Civil Veterinary Dept. Bombay admin report 1914-1922 - 1914-1922
Year: 1914
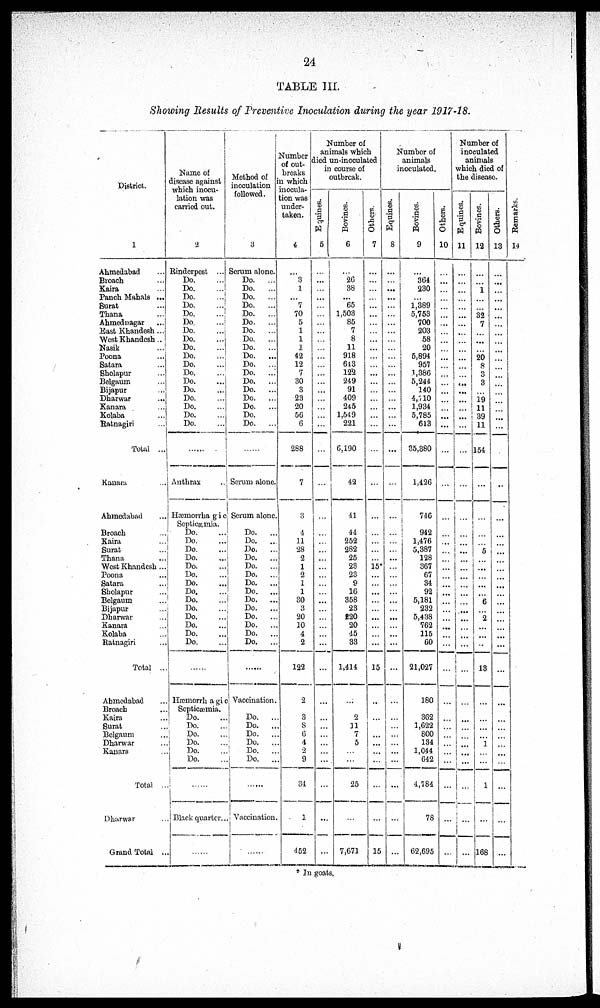
24
TABLE III.
Showing Results of Preventive Inoculation during the year 1917-18.
District.
1
Ahmedabad ...
Broach ...
Kaira ...
Panch Mahals ...
Surat ...
Thana
...
Ahmednagar
...
East Khandesh ...
West Khandesh ...
Nasik
...
Poona
...
Satara
...
Sholapur
...
Belgaum
...
Bijapur ...
Dharwar
...
Kanara
...
Kolaba
...
Ratnagiri
...
Total ...
Kanara
...
Ahmedabad
...
Broach
...
Kaira
...
Sural
...
Thana
...
West Khandesh ...
Poona
...
Satara
...
Sholapur ...
Belgaum
...
Bijapur
...
Dharwar
...
Kanara
...
Kolaba
...
Ratnagiri
...
Total ...
Ahmedabad
...
Broach
...
Kaira
...
Surat ...
Belgaum
...
Dharwar ...
Kanara
...
Total ...
Dharwar
...
Grand Total ...
Name of
disease against
which inocu-
lation was
carried out.
2
Rinderpest ...
Do.
...
Do.
...
Do.
...
Do.
Do.
...
Do
...
Do.
Do
Do.
...
Do.
Do.
Do.
Do.
Do.
Do.
Do.
Do.
Do.
......
Anthrax
Hæmorrhagic
Septicæmia.
Do.
Do.
Do.
Do.
Do.
Do.
Do.
Do.
Do.
Do.
Do.
Do.
Do.
Do.
......
Hæmorrhagic
Septicæmia.
Do.
Do.
Do.
Do.
Do.
Do.
......
Black quarter...
......
Method of
inoculation
followed.
3
Scrum alone.
Do.
...
Do.
...
Do.
...
Do.
...
Do.
...
Do.
...
Do.
...
Do.
...
Do.
...
Do.
...
Do.
...
Do.
...
Do.
...
Do.
...
Do.
...
Do.
...
Do.
Do.
...
......
Serum alone.
Serum alone.
Do.
...
Do. ...
Do.
...
Do.
...
Do.
...
Do.
...
Do.
Do.
...
Do.
...
Do.
...
Do.
...
Do.
...
Do.
...
Do.
...
......
Vaccination.
Do. ...
Do. ...
Do.
..
Do. ...
Do.
..
Do. ...
......
Vaccination.
......
Number
of out-
breaks
in which
inocula-
tion was
under-
taken.
4
...
3 1
...
7
70
5
1
1
1
42
12
7
30
3
23
20
56
6
288
7
3
4
11
28
2
1
2
1
1
30
3
20
10
4
2
122
2
3
8 6
4
2
9
34
1
452
Number of
animals which
died un-inoculated
in course of
outbreak.
Equines.
5
...
...
...
...
...
...
...
...
...
...
...
...
...
...
...
...
...
...
...
...
...
...
...
...
...
...
...
...
...
...
...
...
...
...
...
...
...
...
...
...
...
...
...
...
...
...
...
Bovines.
6
...
26
38
...
65
1,503
85
7
8
11
918
643
122
249
91
409
245
1,549
221
6,190
42
41
44
252
282
25
23
23
9
16
358
23
120
20
45
33
1,414
...
2
11
7
5
...
...
25
...
7,671
Others.
7
...
...
...
...
...
...
...
...
...
...
...
...
...
...
...
...
...
...
...
...
...
...
...
...
...
...
15
...
...
...
...
...
...
...
...
...
15
...
...
...
...
...
...
...
...
...
15
Number of
animals
inoculated.
Equines.
8
...
...
...
...
...
...
...
...
...
...
...
...
...
...
...
...
...
...
...
...
...
...
...
...
...
...
...
...
...
...
...
...
...
...
...
...
...
...
... ...
...
...
...
...
...
...
...
Bovines.
9
...
364
230
...
1,389
5,753
700
203
58
20
5,894
957
1,386
5,244
140
4,710
1,934
5,785
613
35,380
1,426
746
942
1,476
5,387
128
367
67
34
92
5,181
232
5,438
762
115
60
21,027
180
362
1,622
800
134
1,044
642
4,784
78
62,695
Others.
10
...
...
...
...
...
...
...
...
...
...
...
...
...
...
...
...
...
...
...
...
...
...
...
...
...
...
...
...
....
...
...
...
...
...
...
...
...
...
...
...
...
...
...
...
...
...
...
Number of
inoculated
animals
which died of
the disease.
Equines.
11
...
...
...
...
...
...
...
...
...
...
...
...
...
...
...
...
...
...
...
...
...
...
...
...
...
...
...
...
...
...
...
...
... ...
...
...
...
...
...
...
...
...
...
...
Bovines.
12
...
...
1
...
...
32
7
...
...
...
20
8
3
3
...
19
11
39
11
154
...
...
...
...
5
...
...
... ...
......
6
...
2
...
...
...
13
...
...
...
...
1
...
...
1
...
168
Others.
13
...
...
...
...
...
...
...
...
...
...
...
...
...
...
...
...
...
...
...
...
...
...
...
...
...
...
...
...
...
...
...
...
...
...
...
...
...
...
...
...
... ...
...
...
....
...
...
Remarks.
14
* In goats.